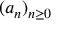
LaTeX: \textstyle ( a _ { n } ) _ { n \geq 0 }